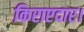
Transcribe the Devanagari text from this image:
किराएदार।